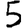
Digit: 5